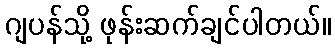
ဂျပန်သို့ ဖုန်းဆက်ချင်ပါတယ်။